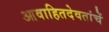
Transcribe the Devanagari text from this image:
आवाहितदेवतांचें